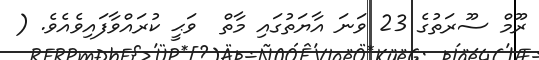
ރޫމް ސޫރަތުގެ 23 ވަނަ އާޔަތުގައި މާތް  ވަޙީ ކުރައްވާފައިވެއެވެ. (